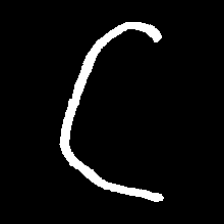
Pyu character \u2014 Myanmar letter: ဋ (romanized: tta)